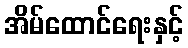
အိမ်ထောင်ရေးနှင့်